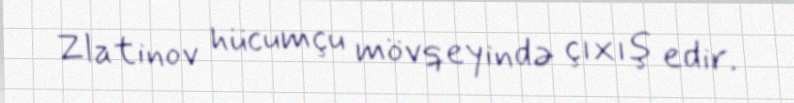
Zlatinov hücumçu mövqeyində çıxış edir.